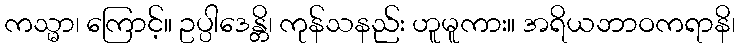
ကသ္မာ၊ ကြောင့်။ ဥပ္ပါဒေန္တိ၊ ကုန်သနည်း ဟူမူကား။ အရိယဘာဝကရာနိ၊